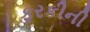
ફરકીની